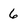
Character: 6